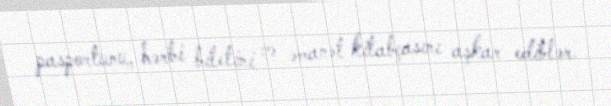
pasportunu, hərbi biletini və əmanət kitabçasını aşkar ediblər.